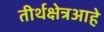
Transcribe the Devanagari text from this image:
तीर्थक्षेत्रआहे